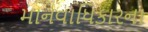
માનવાધિકારના